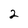
Character: 2